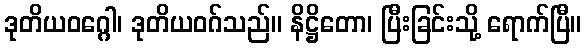
ဒုတိယဝဂ္ဂေါ၊ ဒုတိယဝဂ်သည်။ နိဋ္ဌိတော၊ ပြီးခြင်းသို့ ရောက်ပြီ။